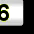
Digit: 3